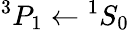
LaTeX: ^3P_{1}\leftarrow{}^{1}S_{0}